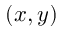
( x , y )